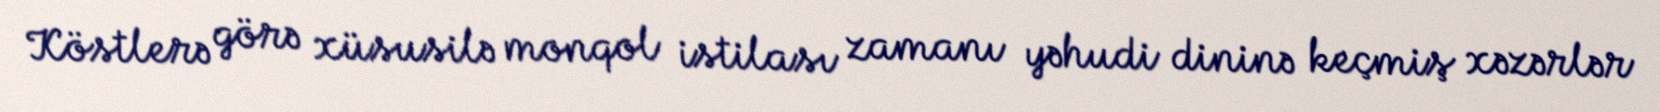
Köstlerə görə xüsusilə monqol istilası zamanı yəhudi dininə keçmiş xəzərlər